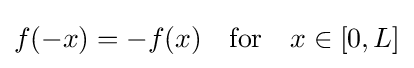
f(-x)=-f(x)\quad {\text{for}}\quad x\in [0,L]